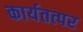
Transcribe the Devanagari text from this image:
कार्यतत्‍पर